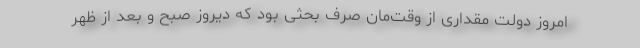
امروز دولت مقداری از وقت‌مان صرف بحثی بود که دیروز صبح و بعد از ظهر